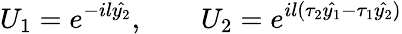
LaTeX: U_{1}=e^{-il\hat{y_{2}}},~~~~~~~~U_{2}=e^{il(\tau_{2}\hat{y_{1}}-\tau_{1}\hat{y_{2}})}